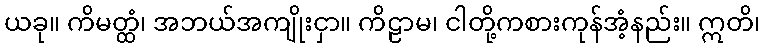
ယခု။ ကိမတ္ထံ၊ အဘယ်အကျိုးငှာ။ ကိဠာမ၊ ငါတို့ကစားကုန်အံ့နည်း။ ဣတိ၊